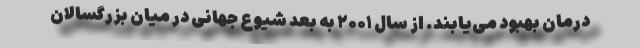
درمان بهبود می‌یابند. از سال ۲۰۰۱ به بعد شیوع جهانی در میان بزرگسالان